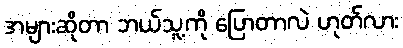
အများဆိုတာ ဘယ်သူ့ကို ပြောတာလဲ ဟုတ်လား